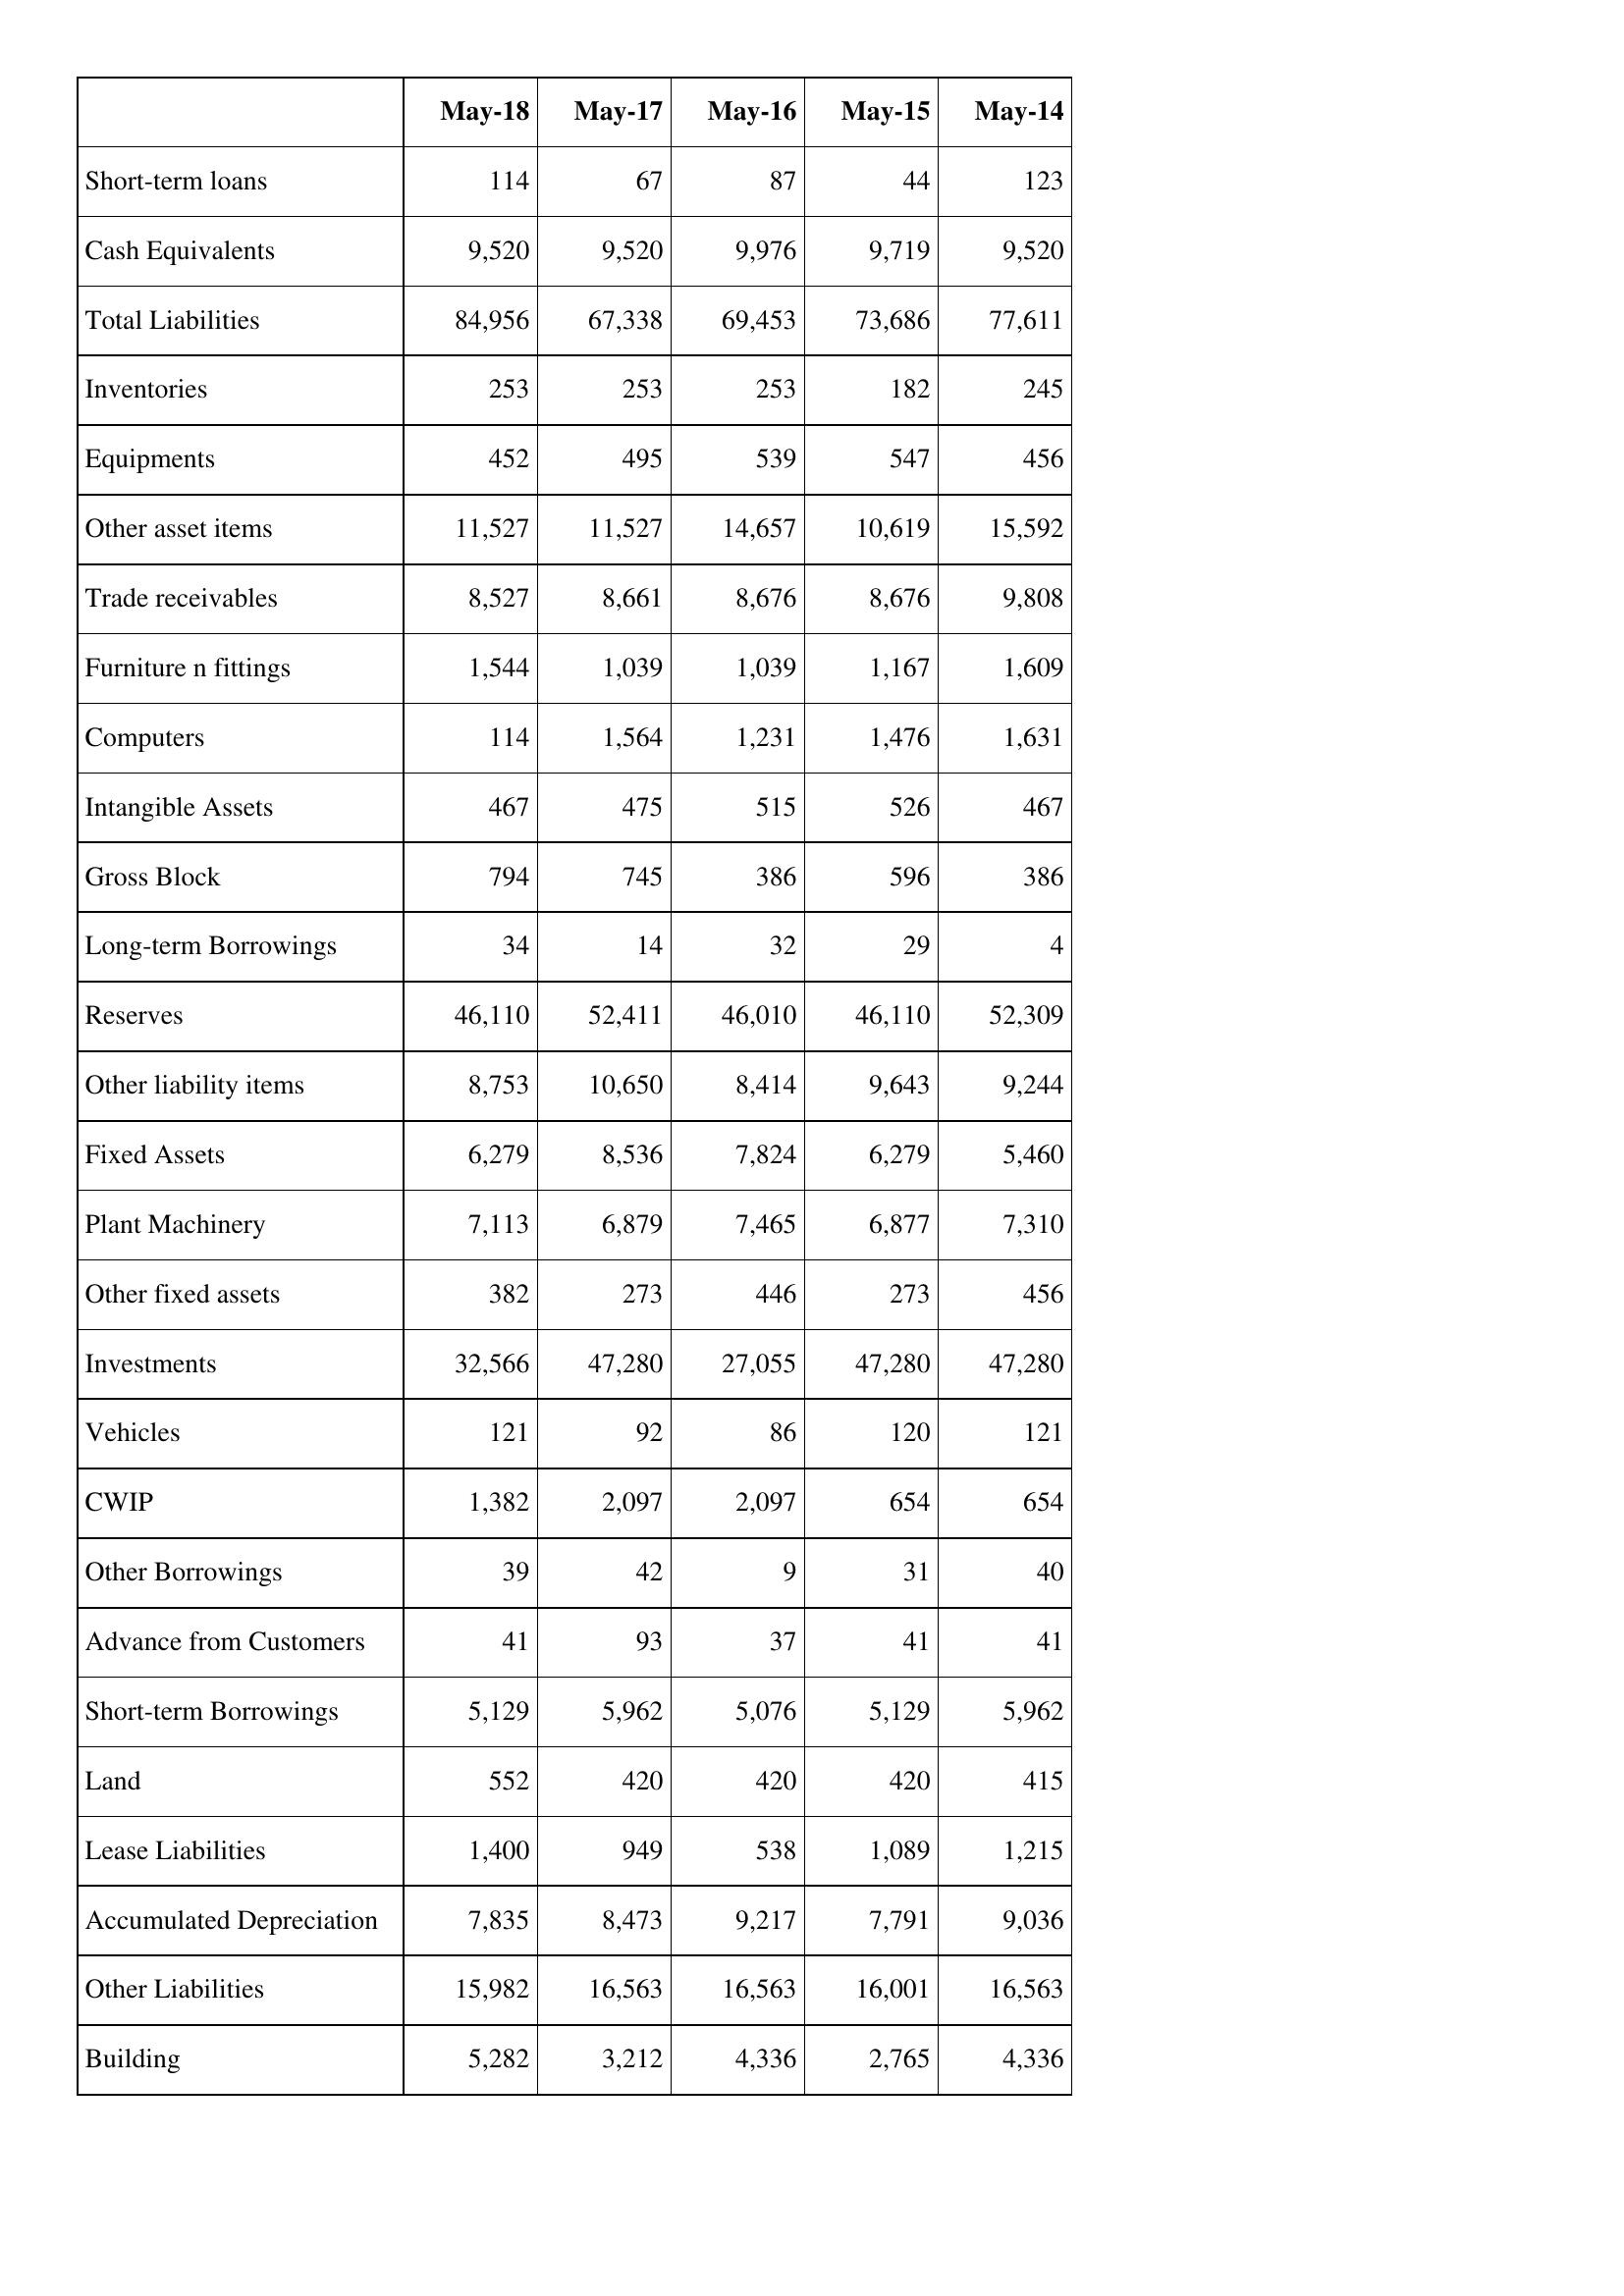
May-18: Balance Sheet: Short-term loans: 114
Cash Equivalents: 9,520
Total Liabilities: 84,956
Inventories: 253
Equipments: 452
Other asset items: 11,527
Trade receivables: 8,527
Furniture n fittings: 1,544
Computers: 114
Intangible Assets: 467
Gross Block: 794
Long-term Borrowings: 34
Reserves: 46,110
Other liability items: 8,753
Fixed Assets: 6,279
Plant Machinery: 7,113
Other fixed assets: 382
Investments: 32,566
Vehicles: 121
CWIP: 1,382
Other Borrowings: 39
Advance from Customers: 41
Short-term Borrowings: 5,129
Land: 552
Lease Liabilities: 1,400
Accumulated Depreciation: 7,835
Other Liabilities: 15,982
Building: 5,282
May-17: Balance Sheet: Short-term loans: 67
Cash Equivalents: 9,520
Total Liabilities: 67,338
Inventories: 253
Equipments: 495
Other asset items: 11,527
Trade receivables: 8,661
Furniture n fittings: 1,039
Computers: 1,564
Intangible Assets: 475
Gross Block: 745
Long-term Borrowings: 14
Reserves: 52,411
Other liability items: 10,650
Fixed Assets: 8,536
Plant Machinery: 6,879
Other fixed assets: 273
Investments: 47,280
Vehicles: 92
CWIP: 2,097
Other Borrowings: 42
Advance from Customers: 93
Short-term Borrowings: 5,962
Land: 420
Lease Liabilities: 949
Accumulated Depreciation: 8,473
Other Liabilities: 16,563
Building: 3,212
May-16: Balance Sheet: Short-term loans: 87
Cash Equivalents: 9,976
Total Liabilities: 69,453
Inventories: 253
Equipments: 539
Other asset items: 14,657
Trade receivables: 8,676
Furniture n fittings: 1,039
Computers: 1,231
Intangible Assets: 515
Gross Block: 386
Long-term Borrowings: 32
Reserves: 46,010
Other liability items: 8,414
Fixed Assets: 7,824
Plant Machinery: 7,465
Other fixed assets: 446
Investments: 27,055
Vehicles: 86
CWIP: 2,097
Other Borrowings: 9
Advance from Customers: 37
Short-term Borrowings: 5,076
Land: 420
Lease Liabilities: 538
Accumulated Depreciation: 9,217
Other Liabilities: 16,563
Building: 4,336
May-15: Balance Sheet: Short-term loans: 44
Cash Equivalents: 9,719
Total Liabilities: 73,686
Inventories: 182
Equipments: 547
Other asset items: 10,619
Trade receivables: 8,676
Furniture n fittings: 1,167
Computers: 1,476
Intangible Assets: 526
Gross Block: 596
Long-term Borrowings: 29
Reserves: 46,110
Other liability items: 9,643
Fixed Assets: 6,279
Plant Machinery: 6,877
Other fixed assets: 273
Investments: 47,280
Vehicles: 120
CWIP: 654
Other Borrowings: 31
Advance from Customers: 41
Short-term Borrowings: 5,129
Land: 420
Lease Liabilities: 1,089
Accumulated Depreciation: 7,791
Other Liabilities: 16,001
Building: 2,765
May-14: Balance Sheet: Short-term loans: 123
Cash Equivalents: 9,520
Total Liabilities: 77,611
Inventories: 245
Equipments: 456
Other asset items: 15,592
Trade receivables: 9,808
Furniture n fittings: 1,609
Computers: 1,631
Intangible Assets: 467
Gross Block: 386
Long-term Borrowings: 4
Reserves: 52,309
Other liability items: 9,244
Fixed Assets: 5,460
Plant Machinery: 7,310
Other fixed assets: 456
Investments: 47,280
Vehicles: 121
CWIP: 654
Other Borrowings: 40
Advance from Customers: 41
Short-term Borrowings: 5,962
Land: 415
Lease Liabilities: 1,215
Accumulated Depreciation: 9,036
Other Liabilities: 16,563
Building: 4,336